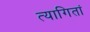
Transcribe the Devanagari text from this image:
त्यागितां